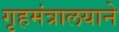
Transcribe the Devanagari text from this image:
गृहमंत्रालयाने